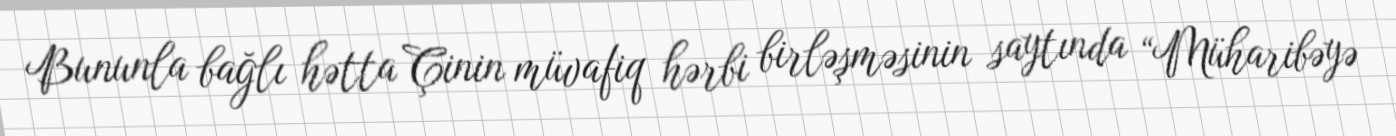
Bununla bağlı hətta Çinin müvafiq hərbi birləşməsinin saytında “Müharibəyə